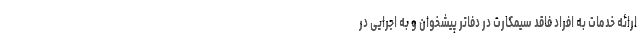
ارائه خدمات به افراد فاقد سیمکارت در دفاتر پیشخوان و به اجرایی در